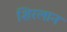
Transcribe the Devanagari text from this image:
शिरलान